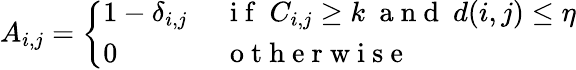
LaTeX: A_{i,j}=\left\{ \begin{array}{ll}{1-\delta_{i,j}}&{~\mathrm{~i~f~}~C_{i,j}\geq k~\mathrm{~a~n~d~}~d(i,j)\leq\eta}\\ {0}&{~\mathrm{~o~t~h~e~r~w~i~s~e~}}\end{array}\right.